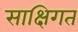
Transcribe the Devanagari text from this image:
साक्षिगत